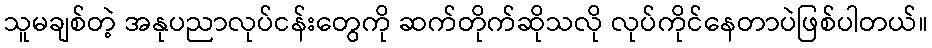
သူမချစ်တဲ့ အနုပညာလုပ်ငန်းတွေကို ဆက်တိုက်ဆိုသလို လုပ်ကိုင်နေတာပဲဖြစ်ပါတယ်။